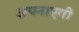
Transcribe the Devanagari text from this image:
अपनाएगी